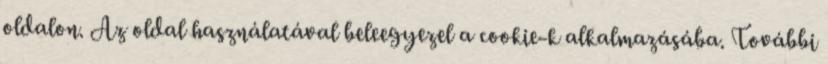
oldalon. Az oldal használatával beleegyezel a cookie-k alkalmazásába. További